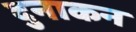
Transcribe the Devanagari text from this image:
दुनाकन